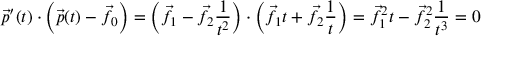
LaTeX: { \vec { p } } ^ { \prime } ( t ) \cdot \left( { \vec { p } } ( t ) - { \vec { f } } _ { 0 } \right) = \left( { \vec { f } } _ { 1 } - { \vec { f } } _ { 2 } { \frac { 1 } { t ^ { 2 } } } \right) \cdot \left( { \vec { f } } _ { 1 } t + { \vec { f } } _ { 2 } { \frac { 1 } { t } } \right) = { \vec { f } } _ { 1 } ^ { 2 } t - { \vec { f } } _ { 2 } ^ { 2 } { \frac { 1 } { t ^ { 3 } } } = 0